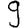
Digit: 9